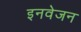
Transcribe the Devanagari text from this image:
इनवेजन